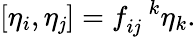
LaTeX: [\eta_{i},\eta_{\mathit{j}}]=f_{i\mathit{j}}^{\, \, \, \, k}\eta_{k}.